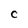
Character: C